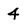
Character: 4